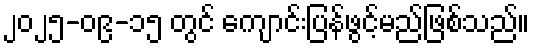
၂၀၂၅-၀၉-၁၅ တွင် ကျောင်းပြန်ဖွင့်မည်ဖြစ်သည်။